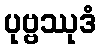
ပုဗ္ဗဿုဒံ